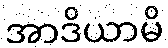
အာဒိယာမိ